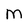
Character: M